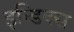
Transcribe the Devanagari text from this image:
इन्डिक्स